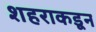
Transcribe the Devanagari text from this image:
शहराकडून